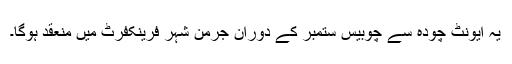
یہ ایونٹ چودہ سے چوبیس ستمبر کے دوران جرمن شہر فرینکفرٹ میں منعقد ہوگا۔